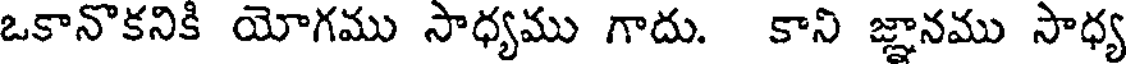
ఒకానొకనికి యోగము సాధ్యము గాదు. కాని జ్ఞానము సాధ్య